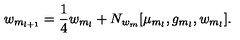
w _ { m _ { l + 1 } } = { \frac { 1 } { 4 } } w _ { m _ { l } } + N _ { w _ { m } } [ \mu _ { m _ { l } } , g _ { m _ { l } } , w _ { m _ { l } } ] .